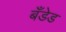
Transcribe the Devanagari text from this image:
बँडेड